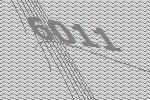
6011